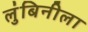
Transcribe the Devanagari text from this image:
लुंबिनीला